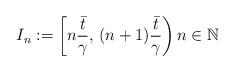
LaTeX: \begin{align*}I_n:=\left[n\dfrac{\bar{t}}{\gamma},\,(n+1)\dfrac{\bar{t}}{\gamma}\right) n \in {\mathbb{N}}\end{align*}